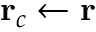
\mathbf r _ { c } \gets \mathbf r